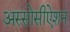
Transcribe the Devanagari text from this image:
अस्सोसीऐशन